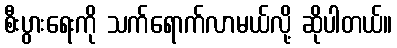
စီးပွားရေးကို သက်ရောက်လာမယ်လို့ ဆိုပါတယ်။